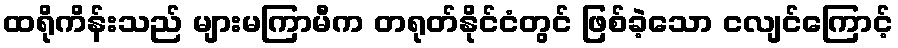
ထရိုကိန်းသည် များမကြာမီက တရုတ်နိုင်ငံတွင် ဖြစ်ခဲ့သော ငလျင်ကြောင့်